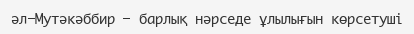
әл-Мутәкәббир – барлық нәрседе ұлылығын көрсетуші